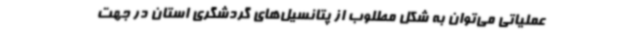
عملیاتی می‌توان به شکل مطلوب از پتانسیل‌های گردشگری استان در جهت